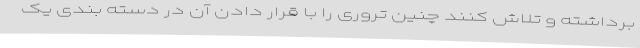
برداشته و تلاش کنند چنین تروری را با قرار دادن آن در دسته بندی یک